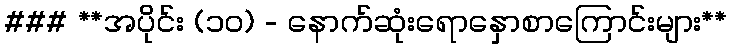
### **အပိုင်း (၁၀) - နောက်ဆုံးရောနှောစာကြောင်းများ**